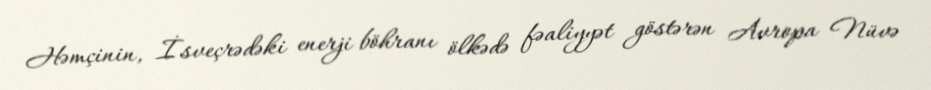
Həmçinin, İsveçrədəki enerji böhranı ölkədə fəaliyyət göstərən Avropa Nüvə